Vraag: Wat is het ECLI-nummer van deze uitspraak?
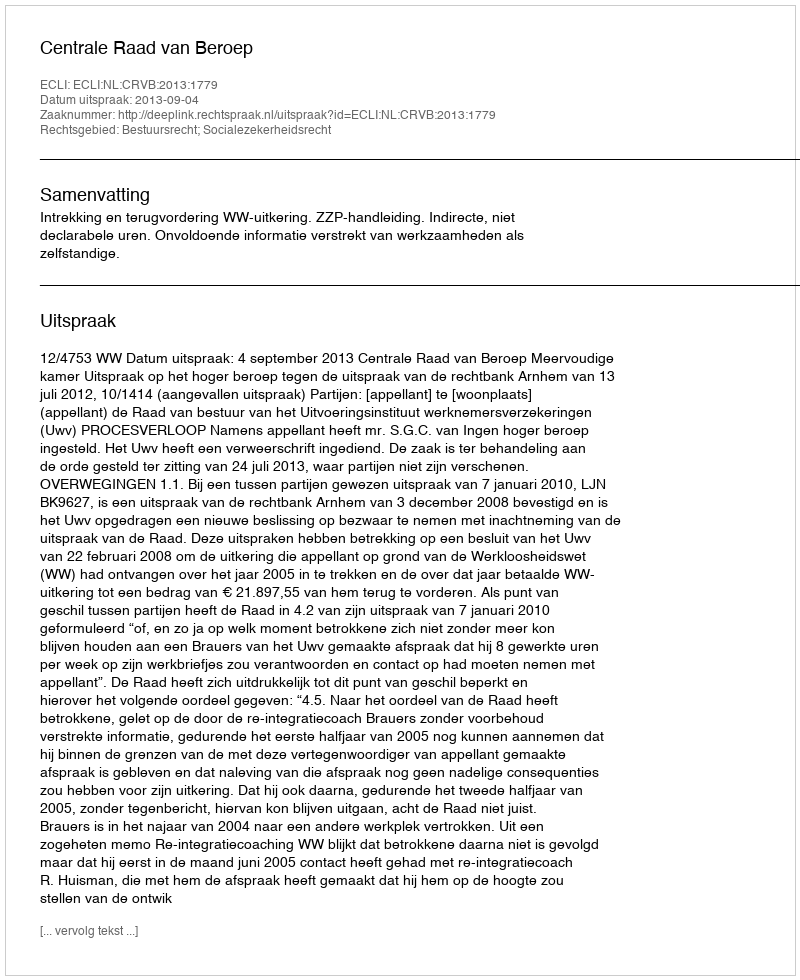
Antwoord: ECLI:NL:CRVB:2013:1779